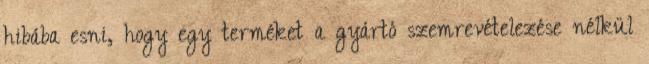
hibába esni, hogy egy terméket a gyártó szemrevételezése nélkül